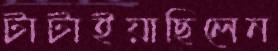
টাটাইয়াছিলেন